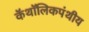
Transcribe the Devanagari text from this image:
कॅथॉलिकपंथीय